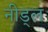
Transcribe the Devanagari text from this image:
नीड्ल